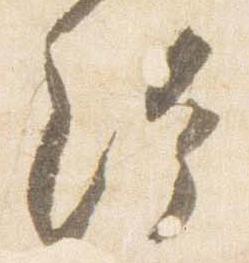
給